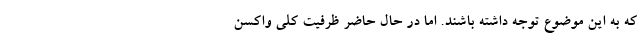
که به این موضوع توجه داشته باشند. اما در حال حاضر ظرفیت کلی واکسن